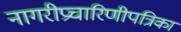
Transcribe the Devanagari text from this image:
नागरीप्रचारिणीपत्रिका